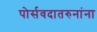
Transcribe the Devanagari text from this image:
पोर्सवदातरुनांना